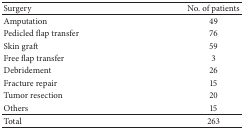
| Surgery | No. of patients |
 | --- | --- |
 | Amputation | 49 |
 | Pedicled flap transfer | 76 |
 | Skin graft | 59 |
 | Free flap transfer | 3 |
 | Debridement | 26 |
 | Fracture repair | 15 |
 | Tumor resection | 20 |
 | Others | 15 |
 | Total | 263 |